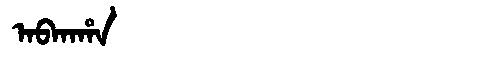
Manchu: ᠠᠪᡴᠠᡥᠠ
Romanization: ABKAHA